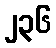
၂၃၆